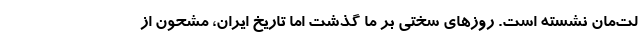
لت‌مان نشسته است. روزهای سختی بر ما گذشت اما تاریخ ایران، مشحون از